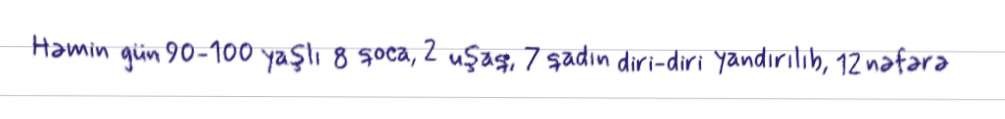
Həmin gün 90-100 yaşlı 8 qoca, 2 uşaq, 7 qadın diri-diri yandırılıb, 12 nəfərə